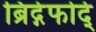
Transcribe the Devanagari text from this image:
ब्रिद्गेफोर्द्